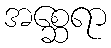
အစ္ဆေရာ